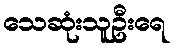
သေဆုံးသူဦးရေ